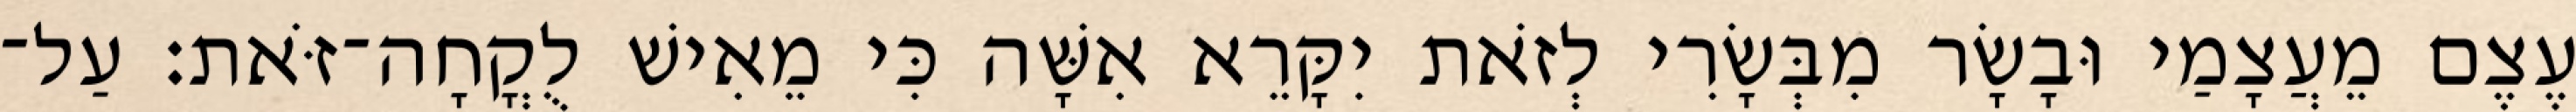
עֶצֶם מֵעֲצָמַי וּבָשָׂר מִבְּשָׂרִי לְזֹאת יִקָּרֵא אִשָּׁה כִּי מֵאִישׁ לֻקֳחָה־זֹּאת׃ עַל־